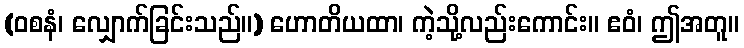
(ဝစနံ၊ လျှောက်ခြင်းသည်။) ဟောတိယထာ၊ ကဲ့သို့လည်းကောင်း။ ဧဝံ၊ ဤအတူ။